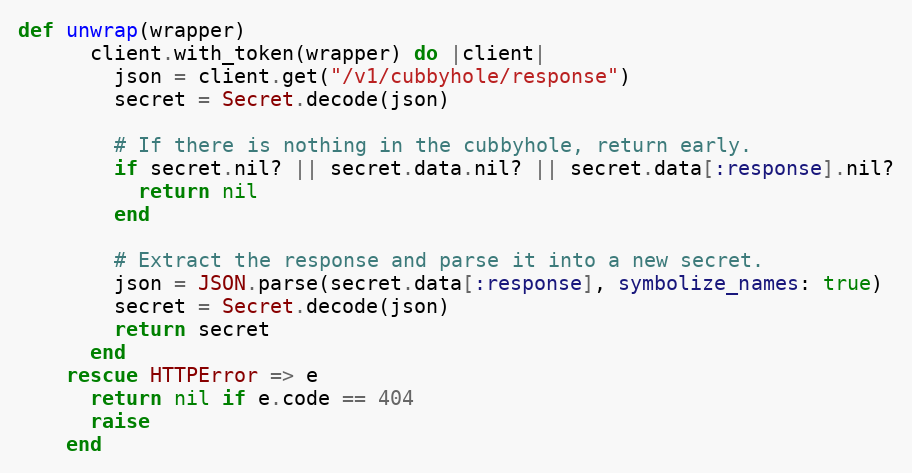
Language: Ruby
def unwrap(wrapper)
      client.with_token(wrapper) do |client|
        json = client.get("/v1/cubbyhole/response")
        secret = Secret.decode(json)

        # If there is nothing in the cubbyhole, return early.
        if secret.nil? || secret.data.nil? || secret.data[:response].nil?
          return nil
        end

        # Extract the response and parse it into a new secret.
        json = JSON.parse(secret.data[:response], symbolize_names: true)
        secret = Secret.decode(json)
        return secret
      end
    rescue HTTPError => e
      return nil if e.code == 404
      raise
    end